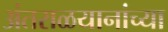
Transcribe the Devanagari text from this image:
अंतराळयानांच्या